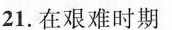
21.在艰难时期